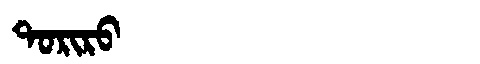
Manchu: ᡨᠣᡵᡳᡵᠣ
Romanization: TORIRO